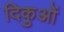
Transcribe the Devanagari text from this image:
दिकुओं